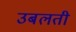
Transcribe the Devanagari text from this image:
उबलती